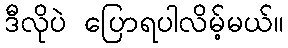
ဒီလိုပဲ ပြောရပါလိမ့်မယ်။